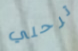
ترحلي